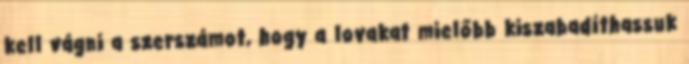
kell vágni a szerszámot, hogy a lovakat mielőbb kiszabadíthassuk